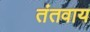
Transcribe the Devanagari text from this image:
तंतवाय